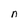
Character: n